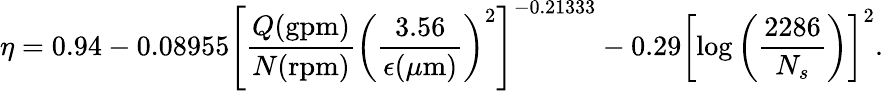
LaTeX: {\eta=0.94-0.08955\left[\frac{Q(\mathrm{{gpm)}}}{N(\mathrm{{rpm}})}\left(\frac{3.56}{\epsilon(\mu\mathrm{{m}})}\right)^{2}\right]^{-0.21333}-0.29\left[\log\left({\frac{2286}{N_{s}}}\right)\right]^{2}}.